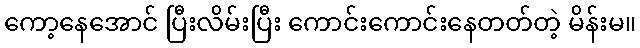
ကော့နေအောင် ပြီးလိမ်းပြီး ကောင်းကောင်းနေတတ်တဲ့ မိန်းမ။